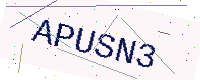
Text: APUSN3